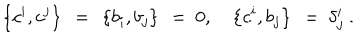
\left\{ c ^ { i } , c ^ { j } \right\} \ = \ \left\{ b _ { i } , b _ { j } \right\} \ = \ 0 , \quad \left\{ c ^ { i } , b _ { j } \right\} \ = \ \delta _ { j } ^ { i } \ .